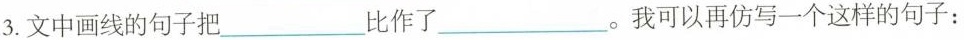
3.文中画线的句子把___比作了_____。我可以再仿写一个这样的句子：